Civil Veterinary Department Bihar & Orissa reports 1929-36 - 1929-1936
Year: 1929
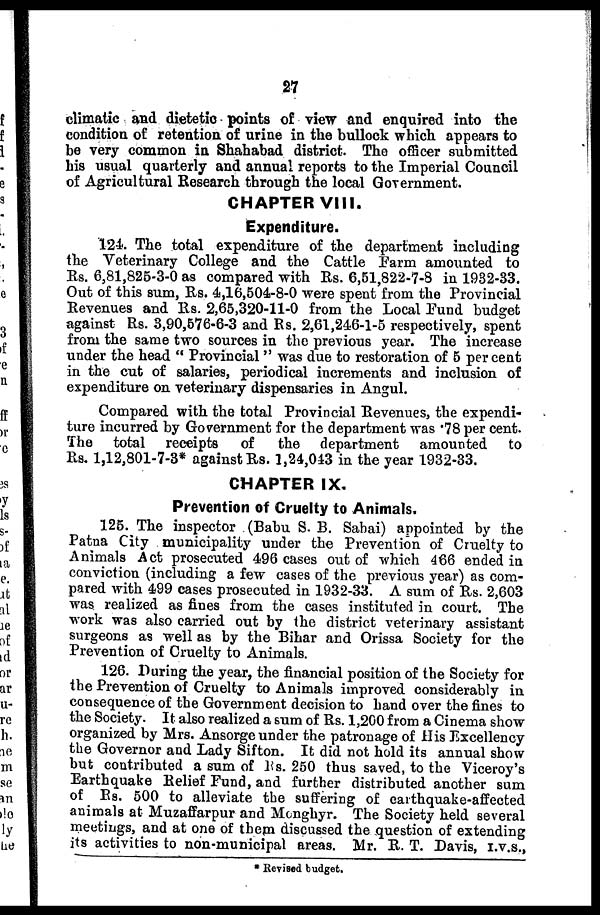
27
climatic and dietetic points of view and enquired into the
condition of retention of urine in the bullock which appears to
be very common in Shahabad district. The officer submitted
his usual quarterly and annual reports to the Imperial Council
of Agricultural Research through the local Government.
CHAPTER VIII.
Expenditure.
124. The total expenditure of the department including
the Veterinary College and the Cattle Farm amounted to
Rs. 6,81,825-3-0 as compared with Rs. 6,51,822-7-8 in 1932-33.
Out of this sum, Rs. 4,16,504-8-0 were spent from the Provincial
Revenues and Rs. 2,65,320-11-0 from the Local Fund budget
against Rs. 3,90,576-6-3 and Rs. 2,61,246-1-5 respectively, spent
from the same two sources in the previous year. The increase
under the head " Provincial " was due to restoration of 5 per cent
in the cut of salaries, periodical increments and inclusion of
expenditure on veterinary dispensaries in Angul.
Compared with the total Provincial Revenues, the expendi-
ture incurred by Government for the department was .78 per cent.
The total receipts
of
the department amounted
to
Rs. 1,12,801-7-3* against Rs. 1,24,013 in the year 1932-33.
CHAPTER IX.
Prevention of Cruelty to Animals.
125. The inspector (Babu S. B. Sabai) appointed by the
Patna City municipality under the Prevention of Cruelty to
Animals Act prosecuted 496 cases out of which 466 ended in
conviction (including a few cases of the previous year) as com-
pared with 499 cases prosecuted in 1932-33. A sum of Rs. 2,603
was realized as fines from the cases instituted in court. The
work was also carried out by the district veterinary assistant
surgeons as well as by the Bihar and Orissa Society for the
Prevention of Cruelty to Animals.
126. During the year, the financial position of the Society for
the Prevention of Cruelty to Animals improved considerably in
consequence of the Government decision to hand over the fines to
the Society. It also realized a sum of Rs. 1,200 from a Cinema show
organized by Mrs. Ansorge under the patronage of His Excellency
the Governor and Lady Sifton. It did not hold its annual show
but contributed a sum of Rs. 250 thus saved, to the Viceroy's
Earthquake Relief Fund, and further distributed another sum
of Rs. 500 to alleviate the suffering of earthquake-affected
animals at Muzaffarpur and Menghyr. The Society held several
meetings, and at one of them discussed the question of extending
its activities to non-municipal areas. Mr. R. T. Davis, I.V.S.,
* Revised budget.